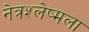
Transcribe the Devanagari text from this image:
नेत्रश्‍लेष्मला